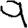
Digit: 9